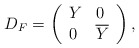
\begin{align*}D_{F}=\left(\begin{array}{ll}Y & 0 \\0 & \overline{Y}\end{array}\right) ,\end{align*}